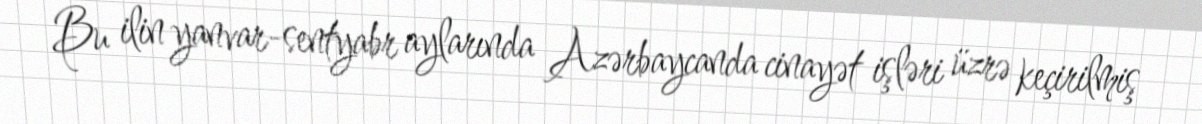
Bu ilin yanvar-sentyabr aylarında Azərbaycanda cinayət işləri üzrə keçirilmiş